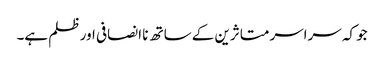
جو کہ سراسر متاثرین کے ساتھ نا انصافی اور ظلم ہے۔